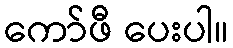
ကော်ဖီ ပေးပါ။